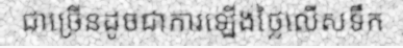
ជាច្រើនដូចជាការឡើងថ្លៃលើសទឹក